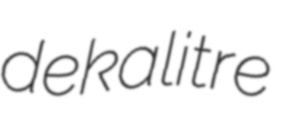
dekalitre